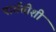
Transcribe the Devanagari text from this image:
पार्वतीशी